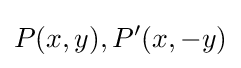
P(x,y),P'(x,-y)